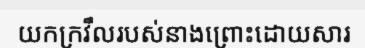
យកក្រវឹលរបស់នាងព្រោះដោយសារ